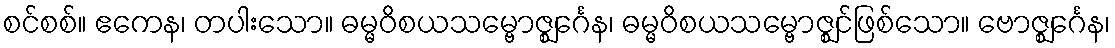
စင်စစ်။ ဧကေန၊ တပါးသော။ ဓမ္မဝိစယသမ္ဗောဇ္ဈင်္ဂေန၊ ဓမ္မဝိစယသမ္ဗောဇ္ဈင်ဖြစ်သော။ ဗောဇ္ဈင်္ဂေန၊